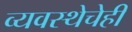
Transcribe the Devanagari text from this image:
व्यवस्थेचेही